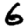
Digit: 6